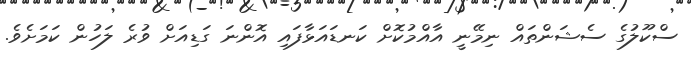
ސްކޫލުގެ ސެޝަންތައް ނިމޭނީ އާއްމުކޮށް ކަނޑައަޅާފައި އޮންނަ ގަޑިއަށް ވުރެ ލަހުން ކަމަށެވެ.